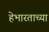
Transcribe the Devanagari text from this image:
हेभारताच्या